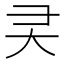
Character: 㚑